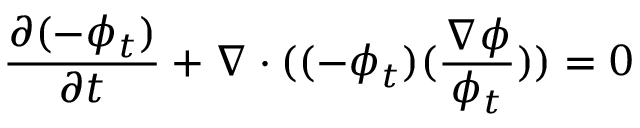
\frac { \partial ( - \phi _ { t } ) } { \partial t } + \nabla \cdot ( ( - \phi _ { t } ) ( \frac { \nabla \phi } { \phi _ { t } } ) ) = 0